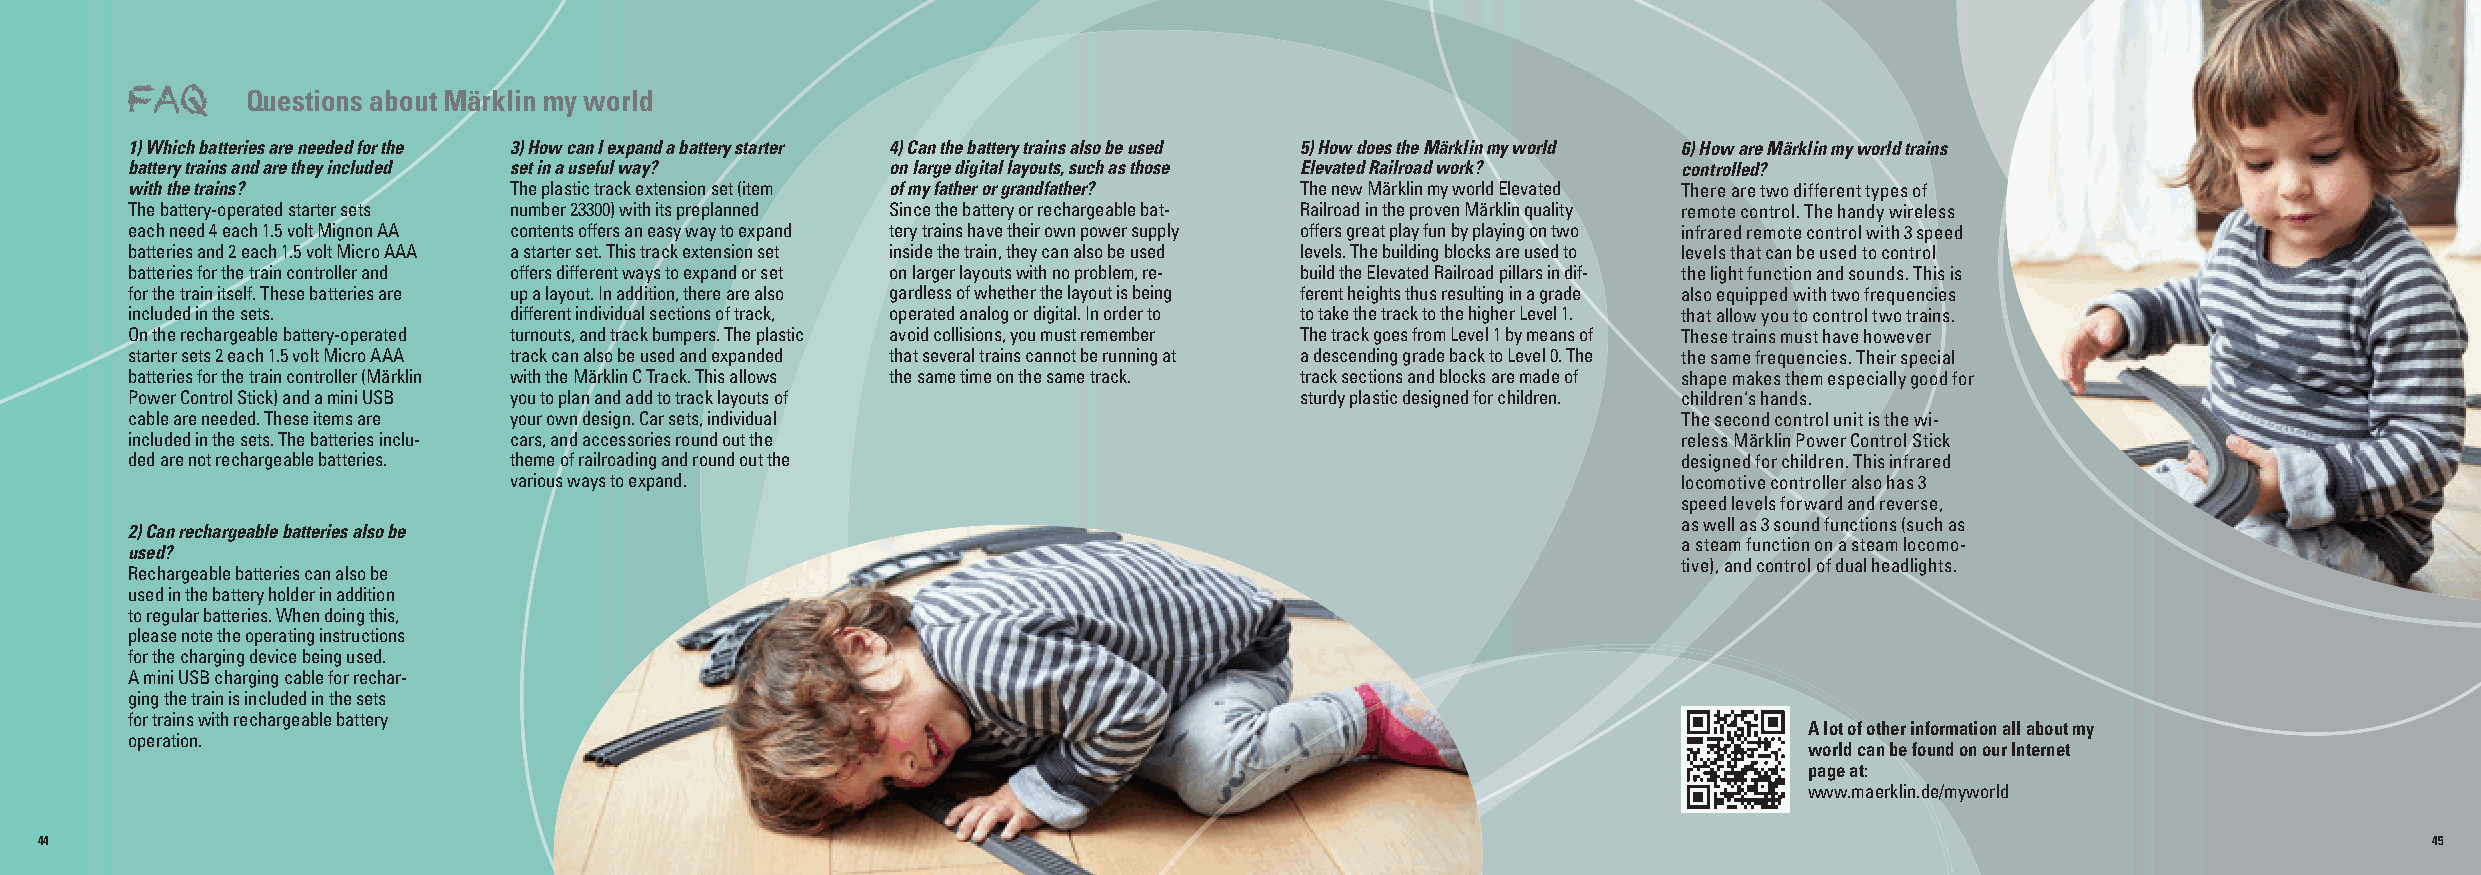
Questions about Märklin my world
 FAQ
 1) Which batteries are needed for the 3) How can I expand a battery starter 4) Can the battery trains also be used 5) How does the Märklin my world 6) How are Märklin my world trains
 battery trains and are they included set in a useful way? on large digital layouts, such as those Elevated Railroad work? controlled?
 with the trains?          The plastic track extension set (item of my father or grandfather? The new Märklin my world Elevated There are two different types of
 The battery-operated starter sets number 23300) with its preplanned Since the battery or rechargeable bat- Railroad in the proven Märklin quality remote control. The handy wireless
 each need 4 each 1.5 volt Mignon AA contents offers an easy way to expand tery trains have their own power supply offers great play fun by playing on two infrared remote control with 3 speed
 batteries and 2 each 1.5 volt Micro AAA a starter set. This track extension set inside the train, they can also be used levels. The building blocks are used to levels that can be used to control
 batteries for the train controller and offers different ways to expand or set on larger layouts with no problem, re- build the Elevated Railroad pillars in dif- the light function and sounds. This is
 for the train itself. These batteries are up a layout. In addition, there are also gardless of whether the layout is being ferent heights thus resulting in a grade also equipped with two frequencies
 included in the sets.     different individual sections of track, operated analog or digital. In order to to take the track to the higher Level 1. that allow you to control two trains.
 On the rechargeable battery-operated turnouts, and track bumpers. The plastic avoid collisions, you must remember The track goes from Level 1 by means of These trains must have however
 starter sets 2 each 1.5 volt Micro AAA track can also be used and expanded that several trains cannot be running at a descending grade back to Level 0. The the same frequencies. Their special
 batteries for the train controller (Märklin with the Märklin C Track. This allows the same time on the same track. track sections and blocks are made of shape makes them especially good for
 Power Control Stick) and a mini USB you to plan and add to track layouts of   sturdy plastic designed for children. children‘s hands.
 cable are needed. These items are your own design. Car sets, individual                                The second control unit is the wi-
 included in the sets. The batteries inclu- cars, and accessories round out the                         reless Märklin Power Control Stick
 ded are not rechargeable batteries. theme of railroading and round out the                             designed for children. This infrared
 various ways to expand.                                                      locomotive controller also has 3
 speed levels forward and reverse,
 as well as 3 sound functions (such as
 2) Can rechargeable batteries also be
 a steam function on a steam locomo-
 used?
 tive), and control of dual headlights.
 Rechargeable batteries can also be
 used in the battery holder in addition
 to regular batteries. When doing this,
 please note the operating instructions
 for the charging device being used.
 A mini USB charging cable for rechar-
 ging the train is included in the sets
 for trains with rechargeable battery
 A lot of other information all about my
 operation.
 world can be found on our Internet
 page at:
 www.maerklin.de/myworld
 44                                                                                                                                                            45